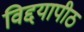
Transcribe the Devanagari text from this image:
विद्दयापीठ